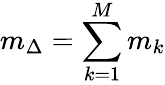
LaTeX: m_{\Delta}=\sum_{k=1}^{M}m_{k}